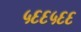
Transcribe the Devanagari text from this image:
५६६५६६